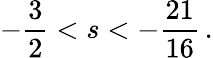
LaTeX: -\frac{3}{2}<s<-\frac{21}{16}\, .